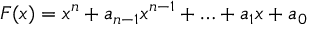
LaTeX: F ( x ) = x ^ { n } + a _ { n - 1 } x ^ { n - 1 } + \ldots + a _ { 1 } x + a _ { 0 }